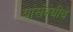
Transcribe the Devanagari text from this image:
यांसंबंधीचे